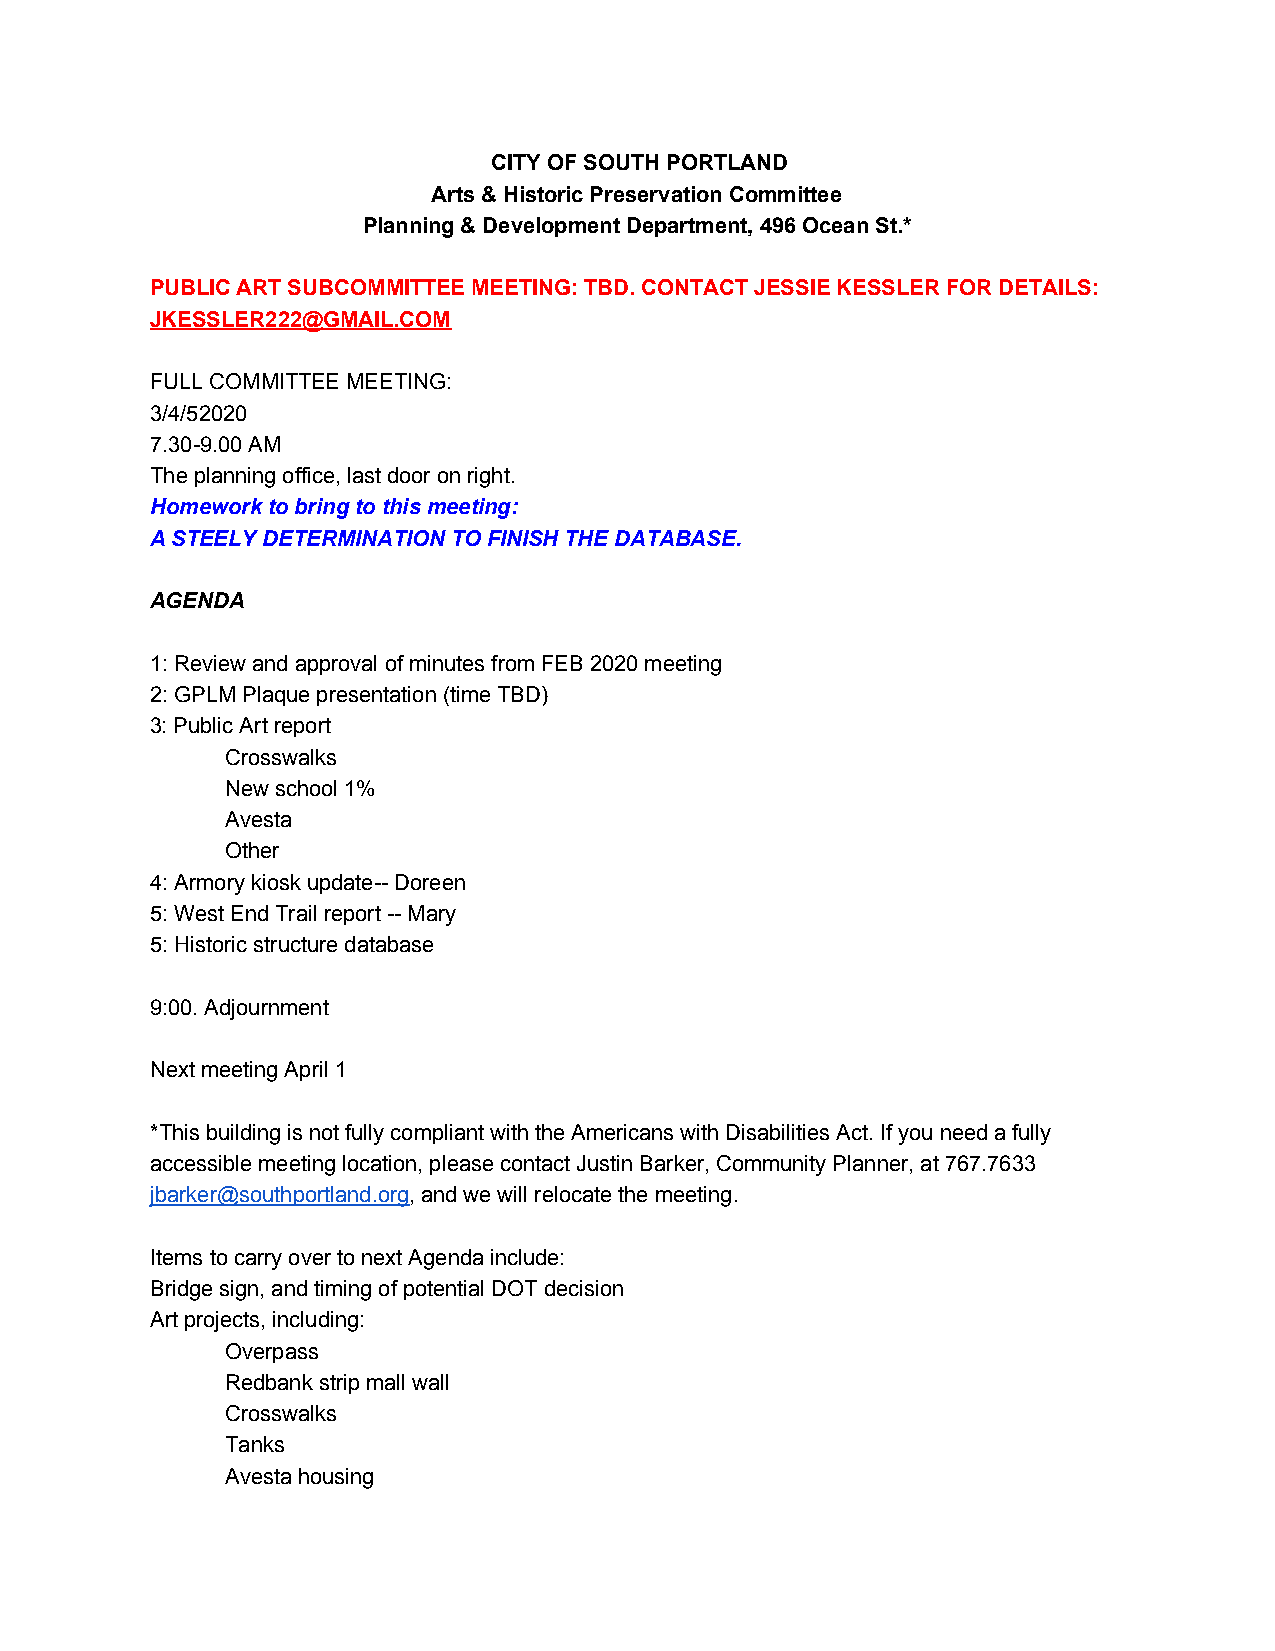
CITY OF SOUTH PORTLAND
 Arts & Historic Preservation Committee
 Planning & Development Department, 496 Ocean St.*
 PUBLIC ART SUBCOMMITTEE MEETING: TBD. CONTACT JESSIE KESSLER FOR DETAILS:
 JKESSLER222@GMAIL.COM
 FULL COMMITTEE MEETING:
 3/4/52020
 7.30-9.00 AM
 The planning office, last door on right.
 Homework to bring to this meeting:
 A STEELY DETERMINATION TO FINISH THE DATABASE.
 AGENDA
 1: Review and approval of minutes from FEB 2020 meeting
 2: GPLM Plaque presentation (time TBD)
 3: Public Art report
 Crosswalks
 New school 1%
 Avesta
 Other
 4: Armory kiosk update-- Doreen
 5: West End Trail report -- Mary
 5: Historic structure database
 9:00. Adjournment
 Next meeting April 1
 *This building is not fully compliant with the Americans with Disabilities Act. If you need a fully
 accessible meeting location, please contact Justin Barker, Community Planner, at 767.7633
 jbarker@southportland.org, and we will relocate the meeting.
 ​
 Items to carry over to next Agenda include:
 Bridge sign, and timing of potential DOT decision
 Art projects, including:
 Overpass
 Redbank strip mall wall
 Crosswalks
 Tanks
 Avesta housing